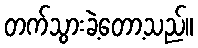
တက်သွားခဲ့တော့သည်။